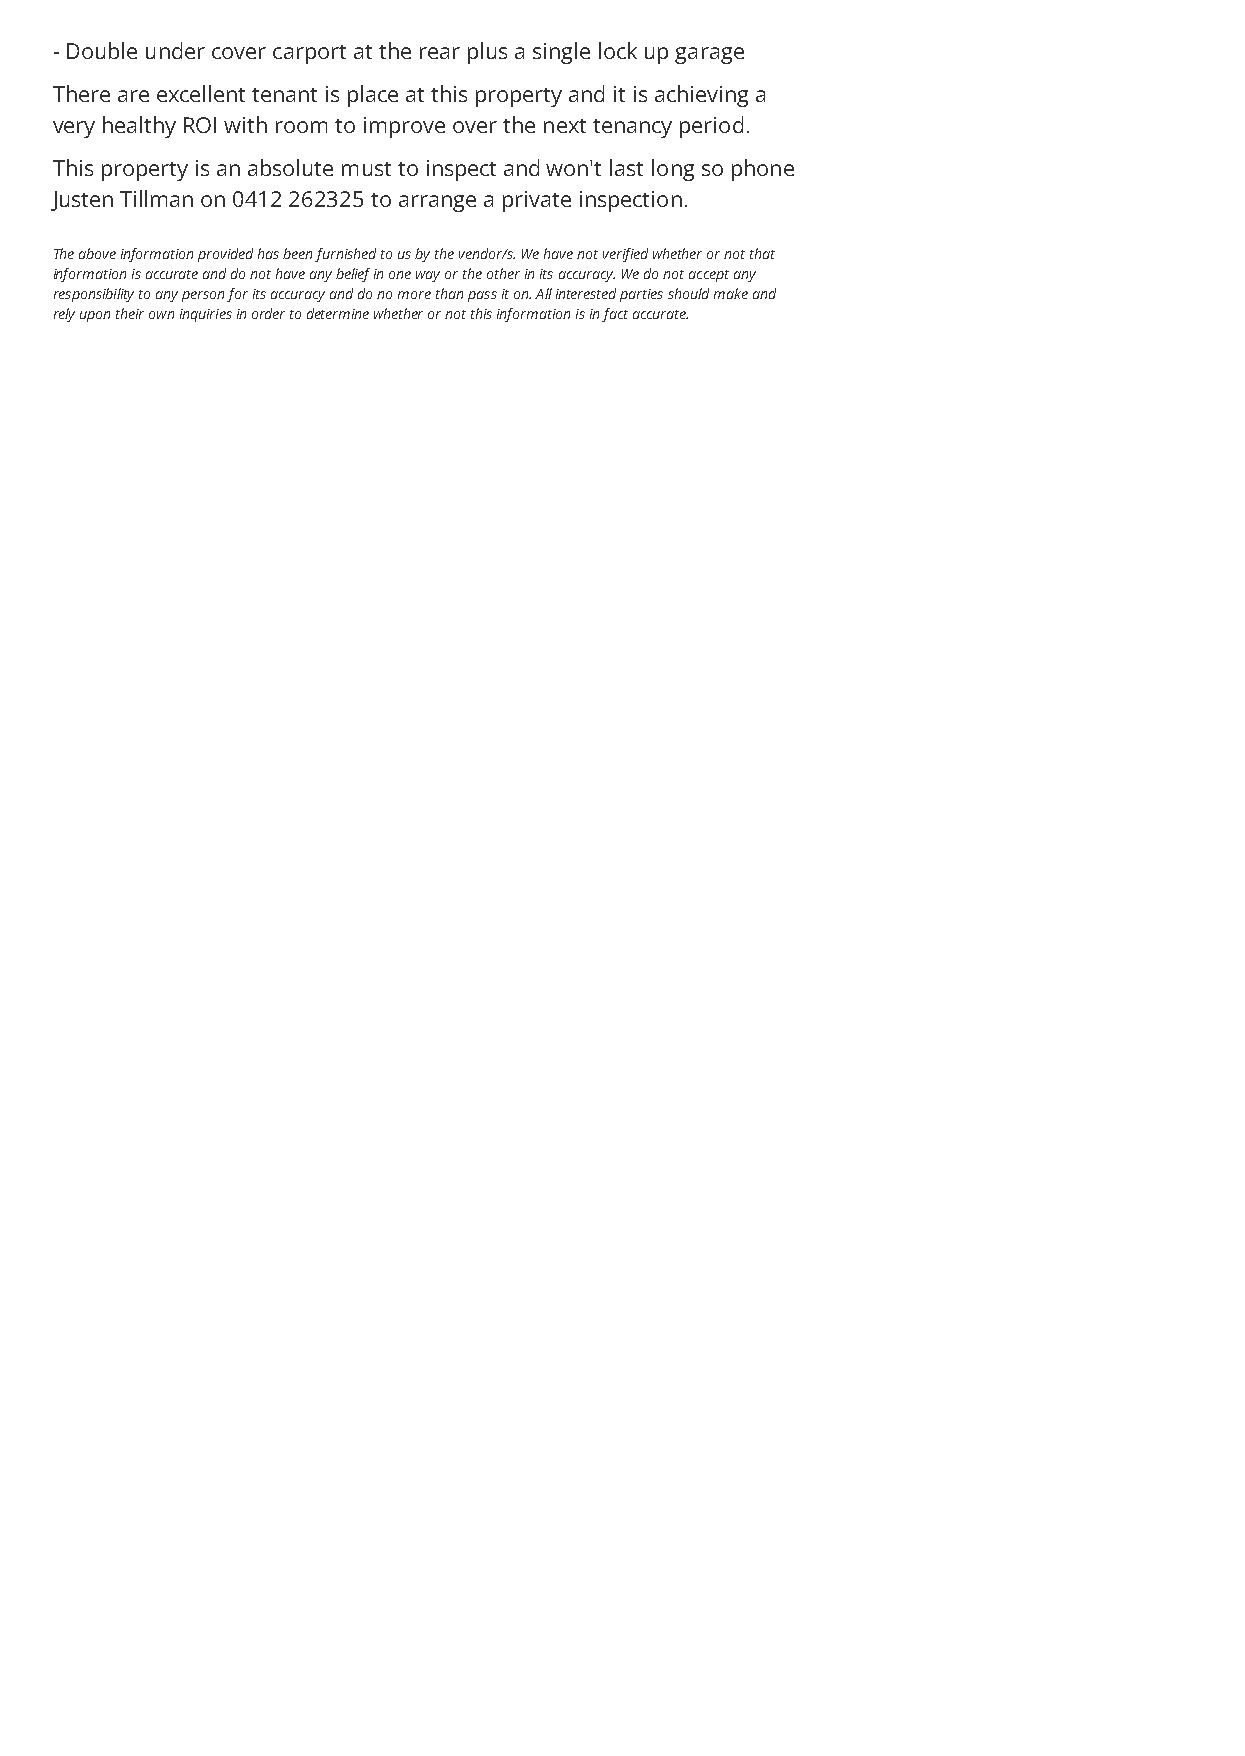
- Double under cover carport at the rear plus a single lock up garage
 There are excellent tenant is place at this property and it is achieving a
 very healthy ROI with room to improve over the next tenancy period.
 This property is an absolute must to inspect and won't last long so phone
 Justen Tillman on 0412 262325 to arrange a private inspection.
 The above information provided has been furnished to us by the vendor/s. We have not verified whether or not that
 information is accurate and do not have any belief in one way or the other in its accuracy. We do not accept any
 responsibility to any person for its accuracy and do no more than pass it on. All interested parties should make and
 rely upon their own inquiries in order to determine whether or not this information is in fact accurate.